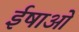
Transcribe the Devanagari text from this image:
ईषाओं